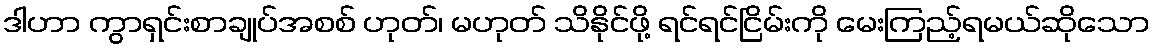
ဒါဟာ ကွာရှင်းစာချုပ်အစစ် ဟုတ်၊ မဟုတ် သိနိုင်ဖို့ ရင်ရင်ငြိမ်းကို မေးကြည့်ရမယ်ဆိုသော